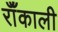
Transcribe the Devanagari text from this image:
रॉँकाली